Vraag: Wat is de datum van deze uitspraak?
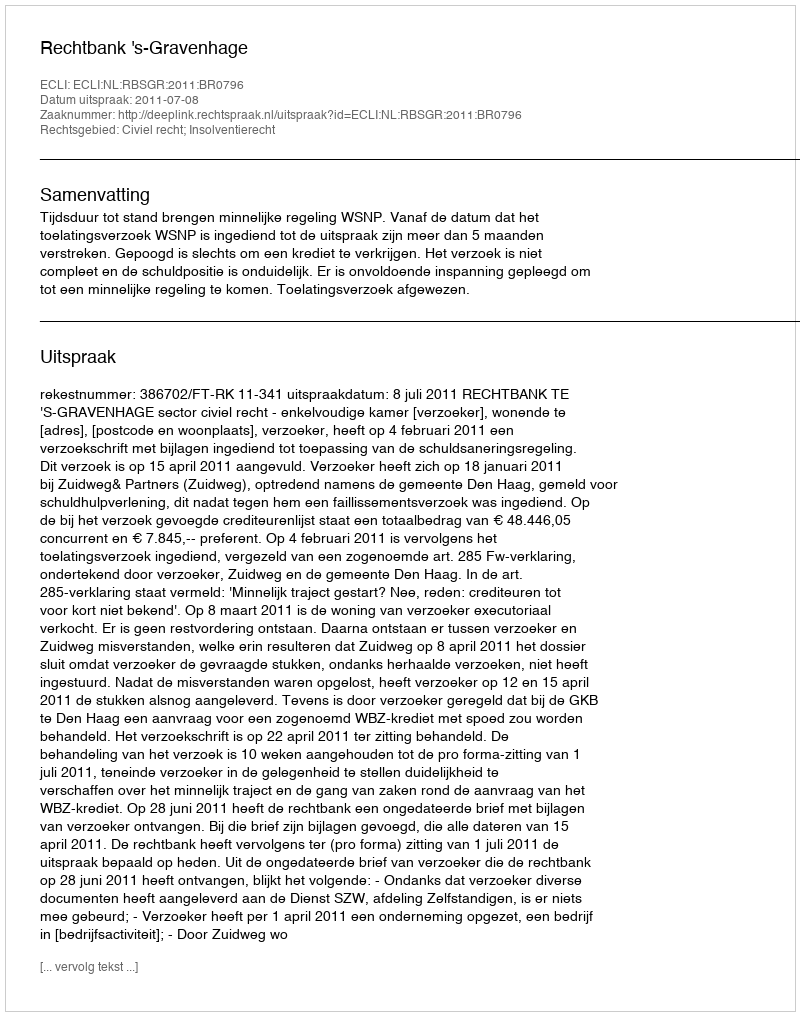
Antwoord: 2011-07-08